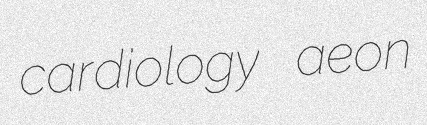
cardiology aeon